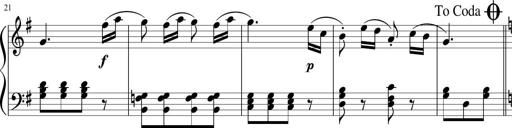
Title: 3 Sonatinen
Composer: Heinrich Lichner